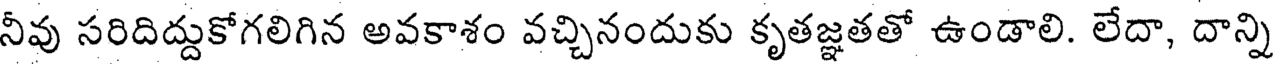
నీవు సరిదిద్దుకోగలిగిన అవకాశం వచ్చినందుకు కృతజ్ఞతతో ఉండాలి. లేదా, దాన్ని